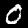
Label: 0